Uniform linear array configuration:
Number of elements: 16
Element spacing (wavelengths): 1
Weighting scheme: uniform
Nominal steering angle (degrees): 30
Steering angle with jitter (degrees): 30.626
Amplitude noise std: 0.05
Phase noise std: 0.05

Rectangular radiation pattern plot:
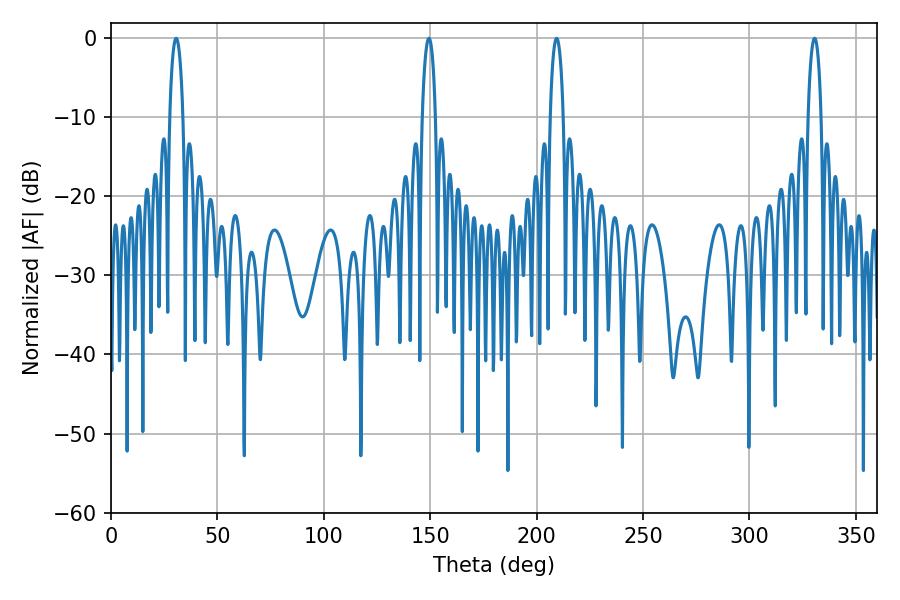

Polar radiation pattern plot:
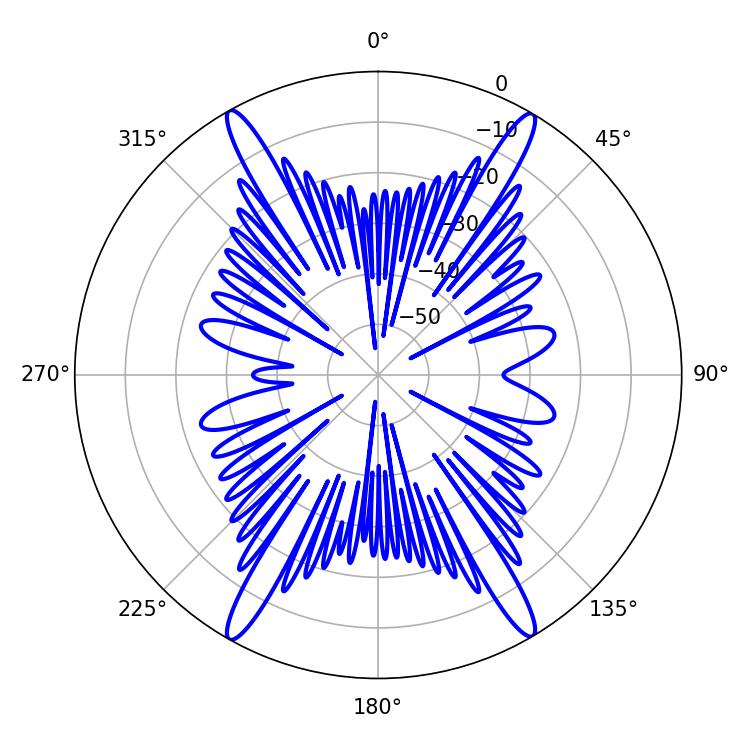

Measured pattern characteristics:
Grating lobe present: TRUE
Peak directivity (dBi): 28.183
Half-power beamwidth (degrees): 3.6
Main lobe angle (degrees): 30.6